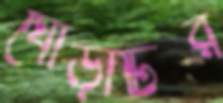
ঘোড়াটির